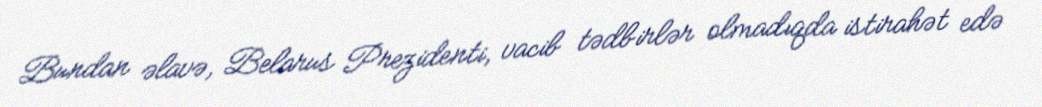
Bundan əlavə, Belarus Prezidenti, vacib tədbirlər olmadıqda istirahət edə